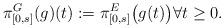
LaTeX: \begin{align*}\pi_{[0,s]}^{G}(g) (t):=\pi_{[0,s]}^{E}\bigl(g(t)\bigr)\forall t\geq0.\end{align*}